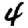
Digit: 4